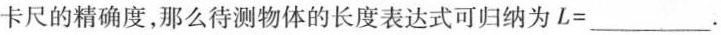
卡尺的精确度，那么待测物体的长度表达式可归纳为L=___.